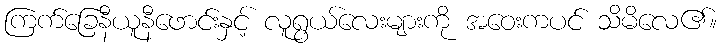
ကြက်ခြေနီယူနီဖောင်းနှင့် လူရွယ်လေးများကို အဝေးကပင် သိမိလေ၏။